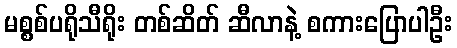
မစ္စစ်ပရိုသီရိုး တစ်ဆိတ် ဆီလာနဲ့ စကားပြောပါဦး